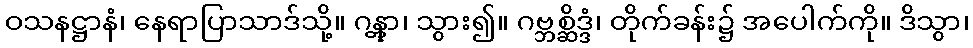
ဝသနဋ္ဌာနံ၊ နေရာပြာသာဒ်သို့။ ဂန္တွာ၊ သွား၍။ ဂဗ္ဘစ္ဆိဒ္ဒံ၊ တိုက်ခန်း၌ အပေါက်ကို။ ဒိသွာ၊